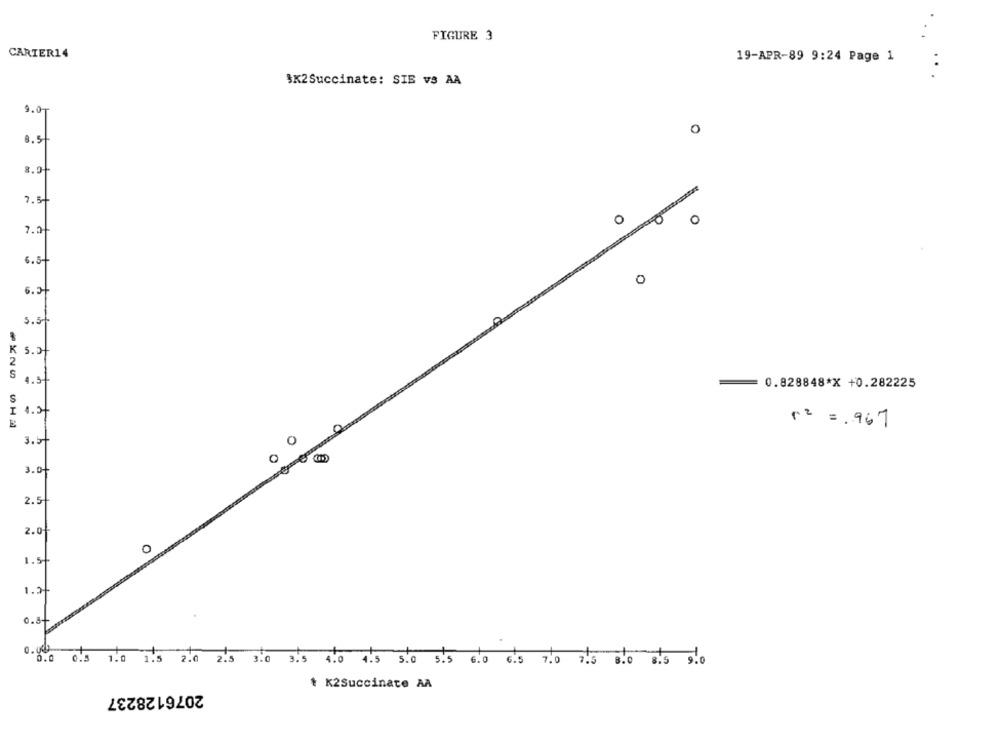
FIGURE 3
CARTER14
19-APR-89 9:24 Page 1
..
SK2Succinate: SIE VS AA
9.07
o
8.5
7.5-
0
O
7.2|
6.5+
0
6.2
5.5-
2
S
1.st
0.828848 ** +0.282225
S
I 4.5+
E
p= = 967
3.5t
O
0
3.of
2.5
2.0+
O
1.50
1.2
0.3-
0.000
0.0 0.5 1.0 1.5 2.0 2.5 3.0 3.5 4.0 4.5 5.0 5.5 6.0 6.5 7.0 7.5
8.0
8.5
2076128237
* K2Succinate AA